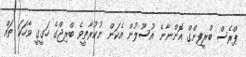
ޕްރެސް ބްރީފިންގް އޮންނާނެ އުސޫލުން އެކަން ނުކުރާތީވެ ބްރިޖްގެ ހަގީގީ ވާހަކަ ތައް